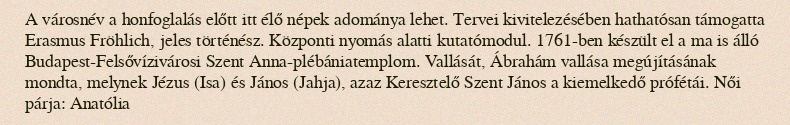
A városnév a honfoglalás előtt itt élő népek adománya lehet. Tervei kivitelezésében hathatósan támogatta Erasmus Fröhlich, jeles történész. Központi nyomás alatti kutatómodul. 1761-ben készült el a ma is álló Budapest-Felsővízivárosi Szent Anna-plébániatemplom. Vallását, Ábrahám vallása megújításának mondta, melynek Jézus (Isa) és János (Jahja), azaz Keresztelő Szent János a kiemelkedő prófétái. Női párja: Anatólia